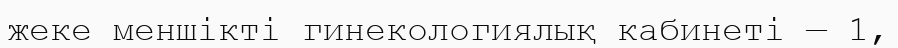
жеке меншікті гинекологиялық кабинеті — 1,